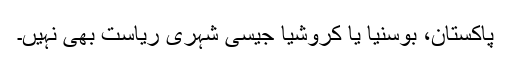
پاکستان، بوسنیا یا کروشیا جیسی شہری ریاست بھی نہیں۔